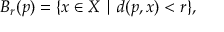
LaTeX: B _ { r } ( p ) = \{ x \in X \mid d ( p , x ) < r \} ,